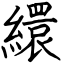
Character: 繯